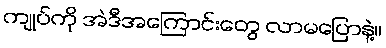
ကျုပ်ကို အဲဒီအကြောင်းတွေ လာမပြောနဲ့။